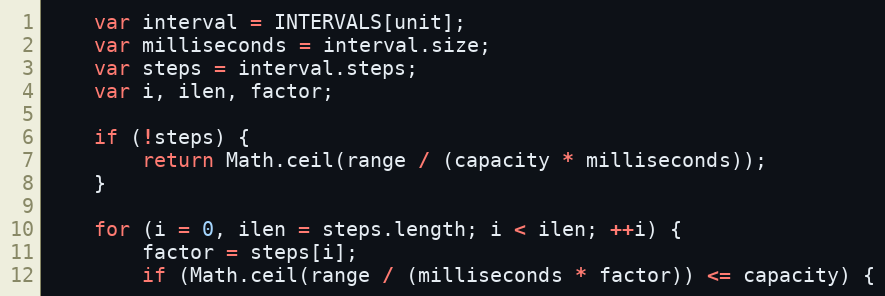
Language: JavaScript
	var interval = INTERVALS[unit];
	var milliseconds = interval.size;
	var steps = interval.steps;
	var i, ilen, factor;

	if (!steps) {
		return Math.ceil(range / (capacity * milliseconds));
	}

	for (i = 0, ilen = steps.length; i < ilen; ++i) {
		factor = steps[i];
		if (Math.ceil(range / (milliseconds * factor)) <= capacity) {